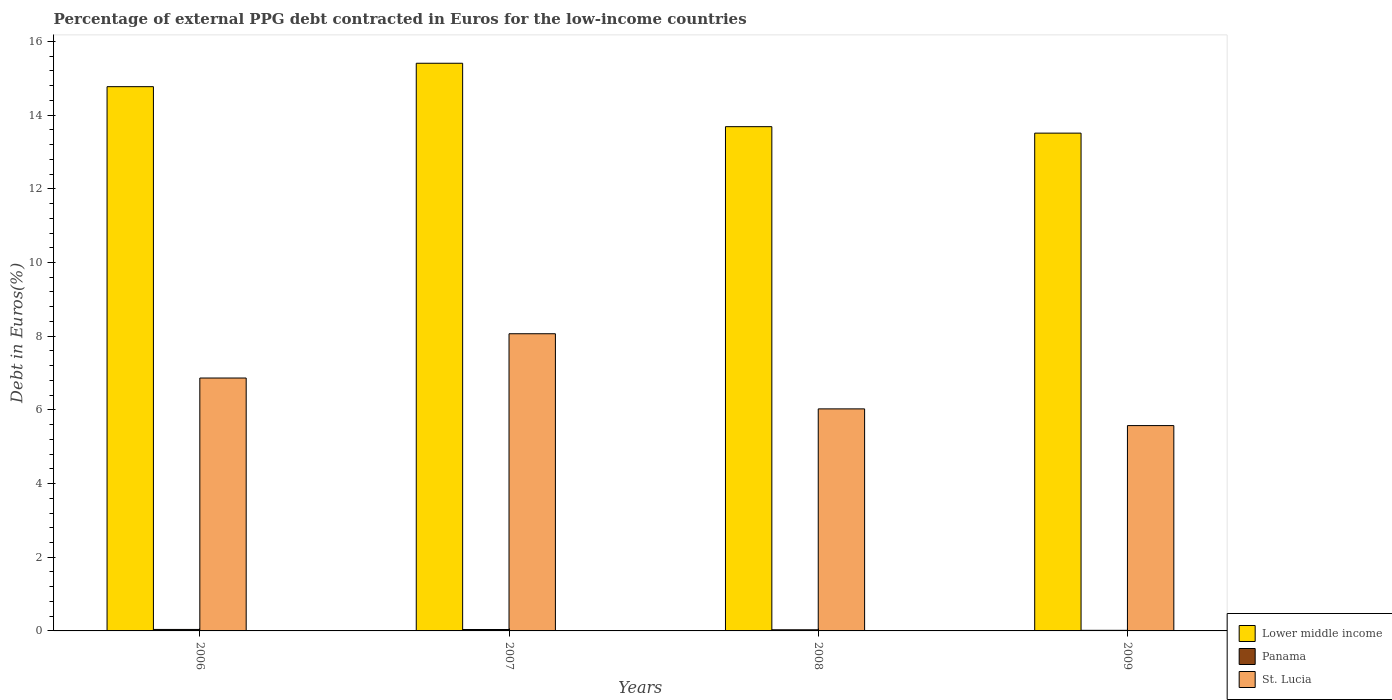
| Years | Lower middle income | Panama | St. Lucia |
 | --- | --- | --- | --- |
 | 2006 | 14.8 | 0.0402 | 6.86 |
 | 2007 | 15.4 | 0.0383 | 8.07 |
 | 2008 | 13.7 | 0.0308 | 6.03 |
 | 2009 | 13.5 | 0.0163 | 5.57 |